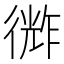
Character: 𪫗